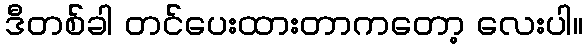
ဒီတစ်ခါ တင်ပေးထားတာကတော့ လေးပါ။